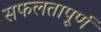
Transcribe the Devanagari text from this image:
सफलतापूर्ण